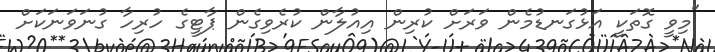
"މިވީ ގޮތަކީ އަޅުގަނޑުމެން ވަރަށް ކުރިން އިއުލާން ކުރެވިގެން ޕާޓީގެ ހުރިހާ ގުނަވަނަކަށް